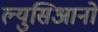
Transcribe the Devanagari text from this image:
ल्युसिआनो